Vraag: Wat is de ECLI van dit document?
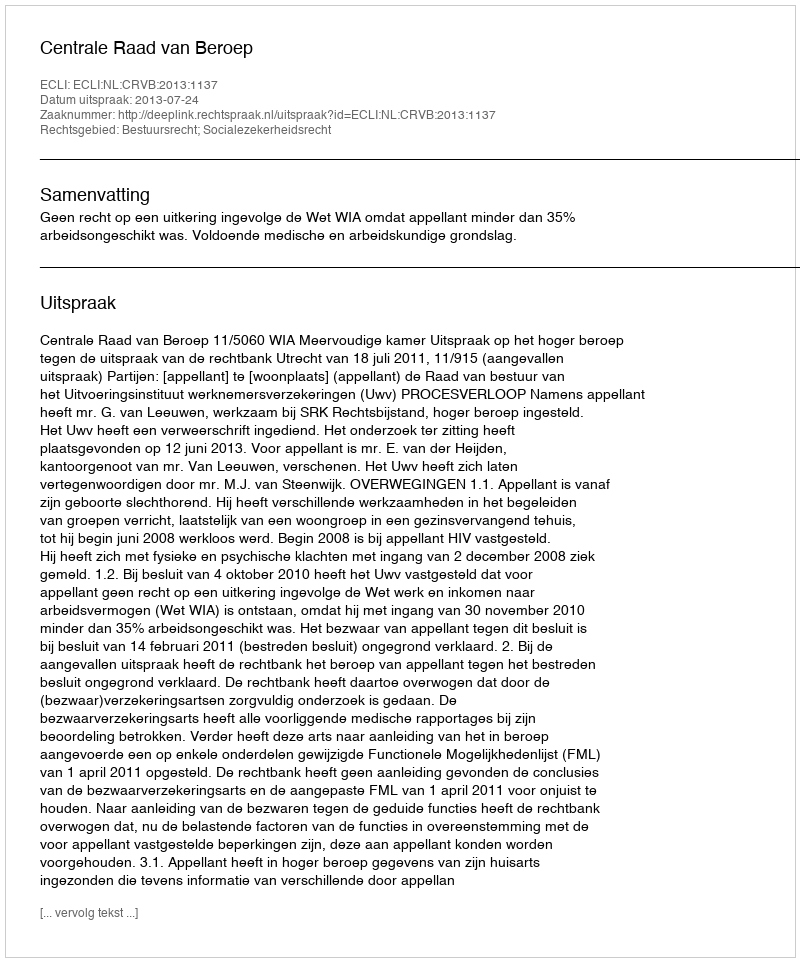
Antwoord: ECLI:NL:CRVB:2013:1137